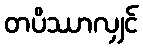
တပိဿာလျှင်